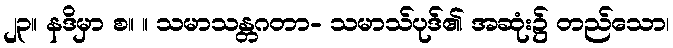
၂၃။ နဒိမှာ စ။ ။ သမာသန္တဂတာ- သမာသ်ပုဒ်၏ အဆုံး၌ တည်သော၊